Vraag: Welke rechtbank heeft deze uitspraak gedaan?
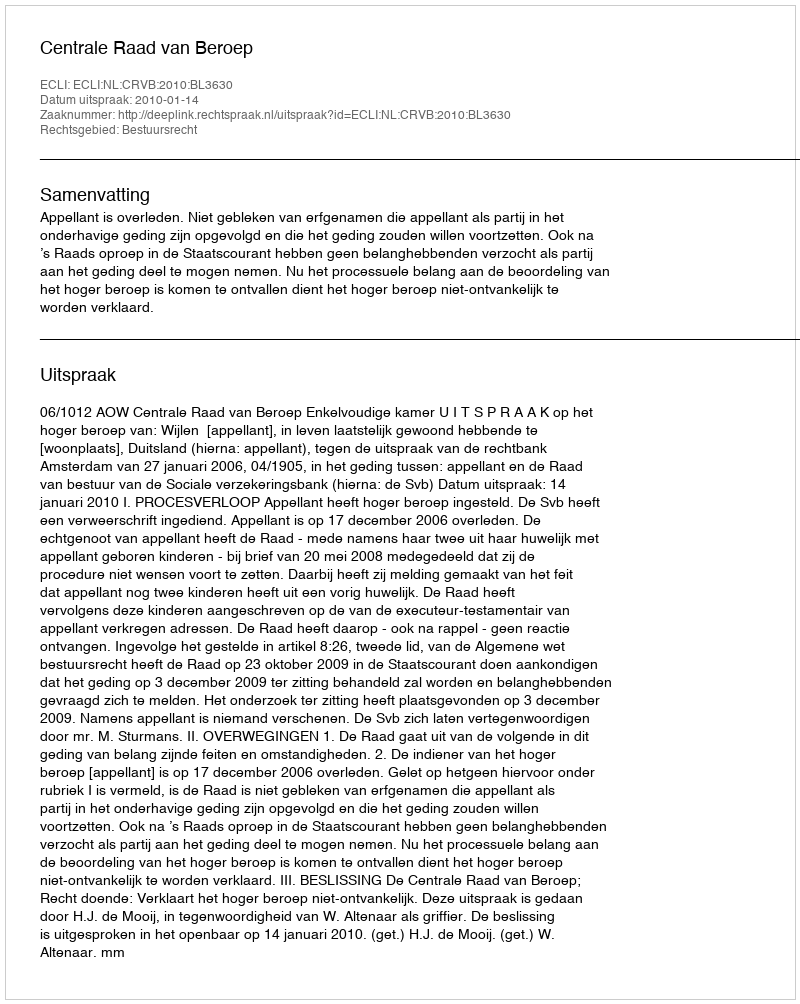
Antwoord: Centrale Raad van Beroep